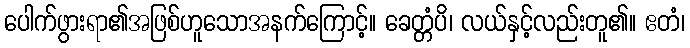
ပေါက်ဖွားရာ၏အဖြစ်ဟူသောအနက်ကြောင့်။ ခေတ္တံပိ၊ လယ်နှင့်လည်းတူ၏။ ဧတံ၊